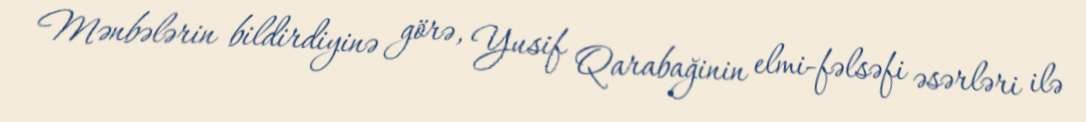
Mənbələrin bildirdiyinə görə, Yusif Qarabağinin elmi-fəlsəfi əsərləri ilə